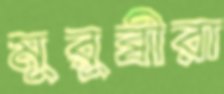
মুরুব্বীরা